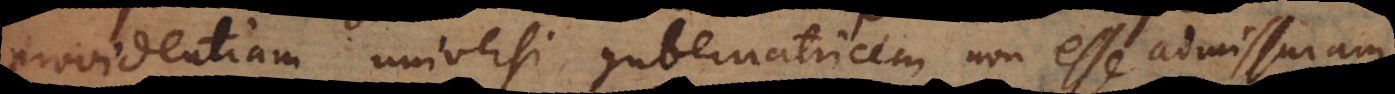
providentiam universi gubernatricem non esse admissuram,